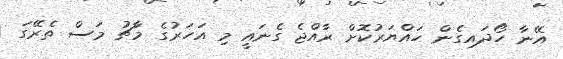
އޭނާ ހޯދައިގެން ހައްޔަރުކޮށް ރާއްޖެ ގެނައީ މި އަހަރުގެ މާޗު މަސް ތެރޭގަ